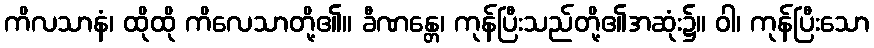
ကိလသာနံ၊ ထိုထို ကိလေသာတို့၏။ ခီဏန္တေ၊ ကုန်ပြီးသည်တို့၏အဆုံး၌။ ဝါ၊ ကုန်ပြီးသော